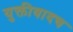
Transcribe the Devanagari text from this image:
युक्तीवादच